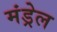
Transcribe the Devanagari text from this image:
मंड्रेल